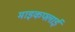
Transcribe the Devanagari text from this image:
माइकफ्लाई